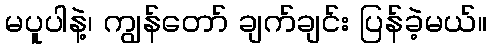
မပူပါနဲ့၊ ကျွန်တော် ချက်ချင်း ပြန်ခဲ့မယ်။